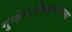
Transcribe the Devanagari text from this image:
गुन्हेगारीकरणाच्या